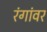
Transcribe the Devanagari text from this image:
रंगांवर